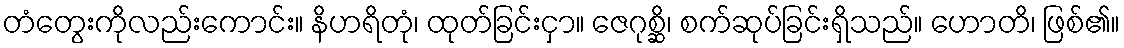
တံတွေးကိုလည်းကောင်း။ နိဟရိတုံ၊ ထုတ်ခြင်းငှာ။ ဇေဂုစ္ဆိ၊ စက်ဆုပ်ခြင်းရှိသည်။ ဟောတိ၊ ဖြစ်၏။